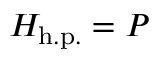
H _ { \mathrm { h . p . } } = P